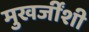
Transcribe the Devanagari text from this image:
मुखर्जींशी